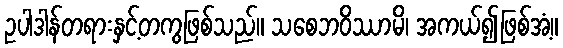
ဥပါဒါန်တရားနှင့်တကွဖြစ်သည်။ သစေဘဝိဿာမိ၊ အကယ်၍ဖြစ်အံ့။